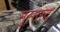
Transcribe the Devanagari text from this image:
मुस्तरद